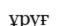
ұруғ